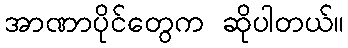
အာဏာပိုင်တွေက ဆိုပါတယ်။